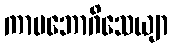
ကာမဘောဂိသေယျာ